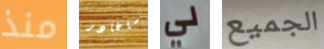
منذ ساغادر لي الجميع